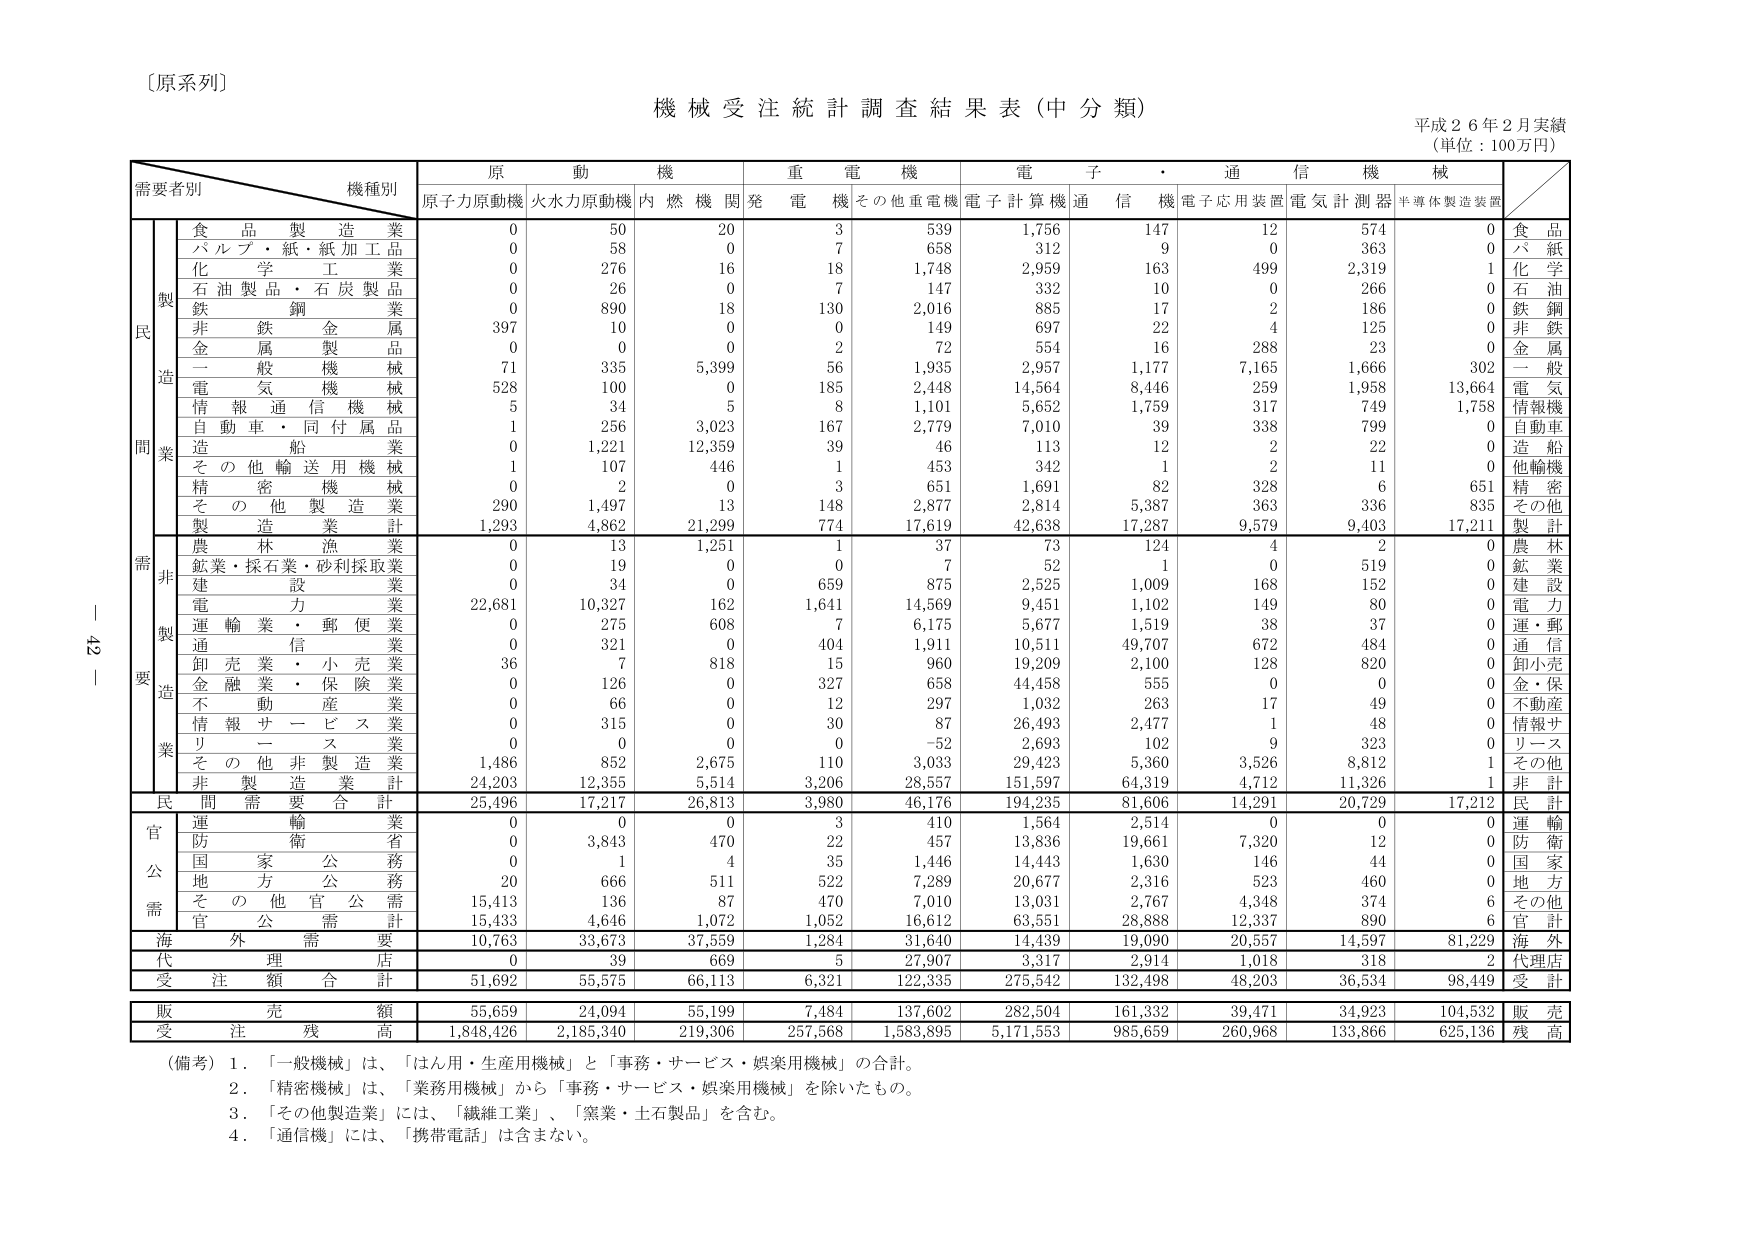
〔原系列〕

機械受注統計調査結果表（中分類）
平成２６年２月実績
（単位：100万円）

需要者別　　機種別
　　　　　　　原　動　機　　　重　電　機　　　電　子　・　通　信　機　械
　　　　　　　原子力原動機　火水力原動機　内燃機関発電機　その他重電機　電子計算機　通信機　電子応用装置　電気計測器　半導体製造装置

　　　　　　　　製造業
　　　　　　　　食品製造業　　　　　　0　　　50　　　20　　　3　　　539　　　1,756　　　147　　　12　　　574　　　0　　　食品
　　　　　　　　パルプ・紙・紙加工品　　0　　　58　　　0　　　7　　　658　　　312　　　9　　　0　　　363　　　0　　　パルプ
　　　　　　　　化学工業　　　　　　　0　　　276　　　16　　　18　　　1,748　　　2,959　　　163　　　499　　　2,319　　　1　　　化学
　　　　　　　　石油製品・石炭製品　　0　　　26　　　0　　　7　　　147　　　332　　　10　　　0　　　266　　　0　　　石油
　　　　　　　　鉄鋼業　　　　　　　　0　　　890　　　18　　　130　　　2,016　　　885　　　17　　　2　　　186　　　0　　　鉄鋼
　　　　　　　　非鉄金属業　　　　　　397　　　10　　　0　　　0　　　149　　　697　　　22　　　4　　　125　　　0　　　非鉄
　　　　　　　　金属製品業　　　　　　0　　　0　　　0　　　2　　　72　　　554　　　16　　　288　　　23　　　0　　　金属
　　　　　　　　一般機械　　　　　　　71　　　335　　　5,399　　　56　　　1,935　　　2,957　　　1,177　　　7,165　　　1,666　　　302　　　一般
　　　　　　　　電気機械　　　　　　　528　　　100　　　0　　　185　　　2,448　　　14,564　　　8,446　　　259　　　1,958　　　13,664　　　電気
　　　　　　　　情報通信機械　　　　　5　　　34　　　5　　　8　　　1,101　　　5,652　　　1,759　　　317　　　749　　　1,758　　　情報機
　　　　　　　　自動車・同付属品　　　1　　　256　　　3,023　　　167　　　2,779　　　7,010　　　39　　　338　　　799　　　0　　　自動車
　　　　　　　　造船業　　　　　　　　0　　　1,221　　　12,359　　　39　　　46　　　113　　　12　　　2　　　22　　　0　　　造船
　　　　　　　　その他輸送用機械　　　1　　　107　　　446　　　1　　　453　　　342　　　1　　　2　　　11　　　0　　　他輸機
　　　　　　　　精密機械　　　　　　　0　　　2　　　0　　　3　　　651　　　1,691　　　82　　　328　　　6　　　651　　　精密
　　　　　　　　その他製造業　　　　　290　　　1,497　　　13　　　148　　　2,877　　　2,814　　　5,387　　　363　　　336　　　835　　　その他
　　　　　　　　製造業計　　　　　　1,293　　　4,862　　　21,299　　　774　　　17,619　　　42,638　　　17,287　　　9,579　　　9,403　　　17,211　　　製計

　　　　　　　　非製造業
　　　　　　　　農林漁業　　　　　　　0　　　13　　　1,251　　　1　　　37　　　73　　　124　　　4　　　2　　　0　　　農林
　　　　　　　　鉱業・採石業・砂利採取業　0　　　19　　　0　　　0　　　7　　　52　　　1　　　0　　　519　　　0　　　鉱業
　　　　　　　　建設業　　　　　　　　0　　　34　　　0　　　659　　　875　　　2,525　　　1,009　　　168　　　152　　　0　　　建設
　　　　　　　　電力業　　　　　　　　22,681　　　10,327　　　162　　　1,641　　　14,569　　　9,451　　　1,102　　　149　　　80　　　0　　　電力
　　　　　　　　運輸業・郵便業　　　　0　　　275　　　608　　　7　　　6,175　　　5,677　　　1,519　　　38　　　37　　　0　　　運・郵
　　　　　　　　通信業　　　　　　　　0　　　321　　　0　　　404　　　1,911　　　10,511　　　49,707　　　672　　　484　　　0　　　通信
　　　　　　　　卸売業・小売業　　　　36　　　7　　　818　　　15　　　960　　　19,209　　　2,100　　　128　　　820　　　0　　　卸小売
　　　　　　　　金融業・保険業　　　　0　　　126　　　0　　　327　　　658　　　44,458　　　555　　　0　　　0　　　0　　　金・保
　　　　　　　　不動産業　　　　　　　0　　　66　　　0　　　12　　　297　　　1,032　　　263　　　17　　　49　　　0　　　不動産
　　　　　　　　情報サービス業　　　　0　　　315　　　0　　　30　　　87　　　26,493　　　2,477　　　1　　　48　　　0　　　情報サ
　　　　　　　　リース業　　　　　　　0　　　0　　　0　　　0　　　-52　　　2,693　　　102　　　9　　　323　　　0　　　リース
　　　　　　　　その他非製造業　　　　1,486　　　852　　　2,675　　　110　　　3,033　　　29,423　　　5,360　　　3,526　　　8,812　　　1　　　その他
　　　　　　　　非製造業計　　　　　　24,203　　　12,355　　　5,514　　　3,206　　　28,557　　　151,597　　　64,319　　　4,712　　　11,326　　　1　　　非計

　　　　　　　　民間需要合計　　　　　25,496　　　17,217　　　26,813　　　3,980　　　46,176　　　194,235　　　81,606　　　14,291　　　20,729　　　17,212　　　民計

　　　　　　　　官公需
　　　　　　　　運輸省　　　　　　　　0　　　0　　　0　　　3　　　410　　　1,564　　　2,514　　　0　　　0　　　0　　　運輸
　　　　　　　　防衛省　　　　　　　　0　　　3,843　　　470　　　22　　　457　　　13,836　　　19,661　　　7,320　　　12　　　0　　　防衛
　　　　　　　　国家公務　　　　　　　0　　　1　　　4　　　35　　　1,446　　　14,443　　　1,630　　　146　　　44　　　0　　　国家
　　　　　　　　地方公務　　　　　　　20　　　666　　　511　　　522　　　7,289　　　20,677　　　2,316　　　523　　　460　　　0　　　地方
　　　　　　　　その他官公需　　　　15,413　　　136　　　87　　　470　　　7,010　　　13,031　　　2,767　　　4,348　　　374　　　6　　　その他
　　　　　　　　官公需計　　　　　　15,433　　　4,646　　　1,072　　　1,052　　　16,612　　　63,551　　　28,888　　　12,337　　　890　　　6　　　官計

　　　　　　　　海外需要　　　　　　　10,763　　　33,673　　　37,559　　　1,284　　　31,640　　　14,439　　　19,090　　　20,557　　　14,597　　　81,229　　　海外

　　　　　　　　代理店　　　　　　　　0　　　39　　　669　　　5　　　27,907　　　3,317　　　2,914　　　1,018　　　318　　　2　　　代理店

　　　　　　　　受注額合計　　　　　　51,692　　　55,575　　　66,113　　　6,321　　　122,335　　　275,542　　　132,498　　　48,203　　　36,534　　　98,449　　　受計

　　　　　　　　販売額　　　　　　　　55,659　　　24,094　　　55,199　　　7,484　　　137,602　　　282,504　　　161,332　　　39,471　　　34,923　　　104,532　　　販売

　　　　　　　　受注残高　　　　　　1,848,426　　　2,185,340　　　219,306　　　257,568　　　1,583,895　　　5,171,553　　　985,659　　　260,968　　　133,866　　　625,136　　　残高

（備考）1．「一般機械」は、「はん用・生産用機械」と「事務・サービス・娯楽用機械」の合計。
　　　　2．「精密機械」は、「業務用機械」から「事務・サービス・娯楽用機械」を除いたもの。
　　　　3．「その他製造業」には、「繊維工業」、「窯業・土石製品」を含む。
　　　　4．「通信機」には、「携帯電話」は含まない。

42 -